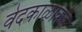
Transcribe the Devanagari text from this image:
वेदकाळाकडे